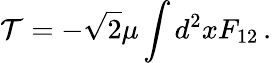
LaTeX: {\cal T}=-\sqrt{2}\mu\int d^{2}xF_{12}\, .